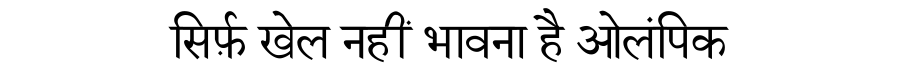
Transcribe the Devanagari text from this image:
सिर्फ़ खेल नहीं भावना है ओलंपिक